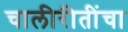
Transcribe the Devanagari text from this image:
चालीरीतींचा